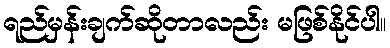
ရည်မှန်းချက်ဆိုတာလည်း မဖြစ်နိုင်ပါ။